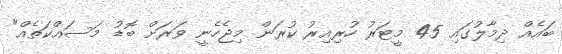
ބައެއް ދިމާލުގައި 45 މީޓަރު ހުރިއިރު ކުރަން މިޖެހެނީ ވަރަށް ބޮޑު މަސައްކަތެއް"